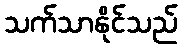
သက်သာနိုင်သည်